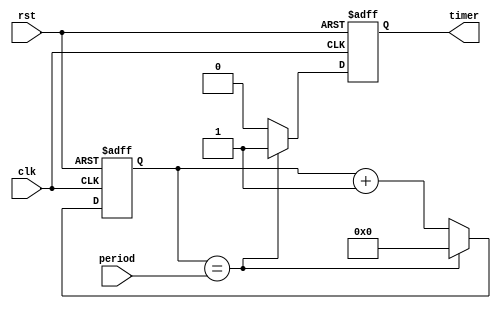
module Periodic_Timer (
    input clk,
    input rst,
    input [15:0] period,
    output reg timer
);

reg [15:0] count;

always @ (posedge clk or posedge rst) begin
    if (rst) begin
        count <= 0;
        timer <= 0;
    end else begin
        if (count == period) begin
            count <= 0;
            timer <= 1;
        end else begin
            count <= count + 1;
            timer <= 0;
        end
    end
end

endmodule